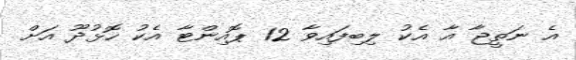
އެ ނަތީޖާ އާ އެކު ލިބިފައިވާ 12 ޕޮއިންޓާ އެކު ހޮޅުދޫ އަށް